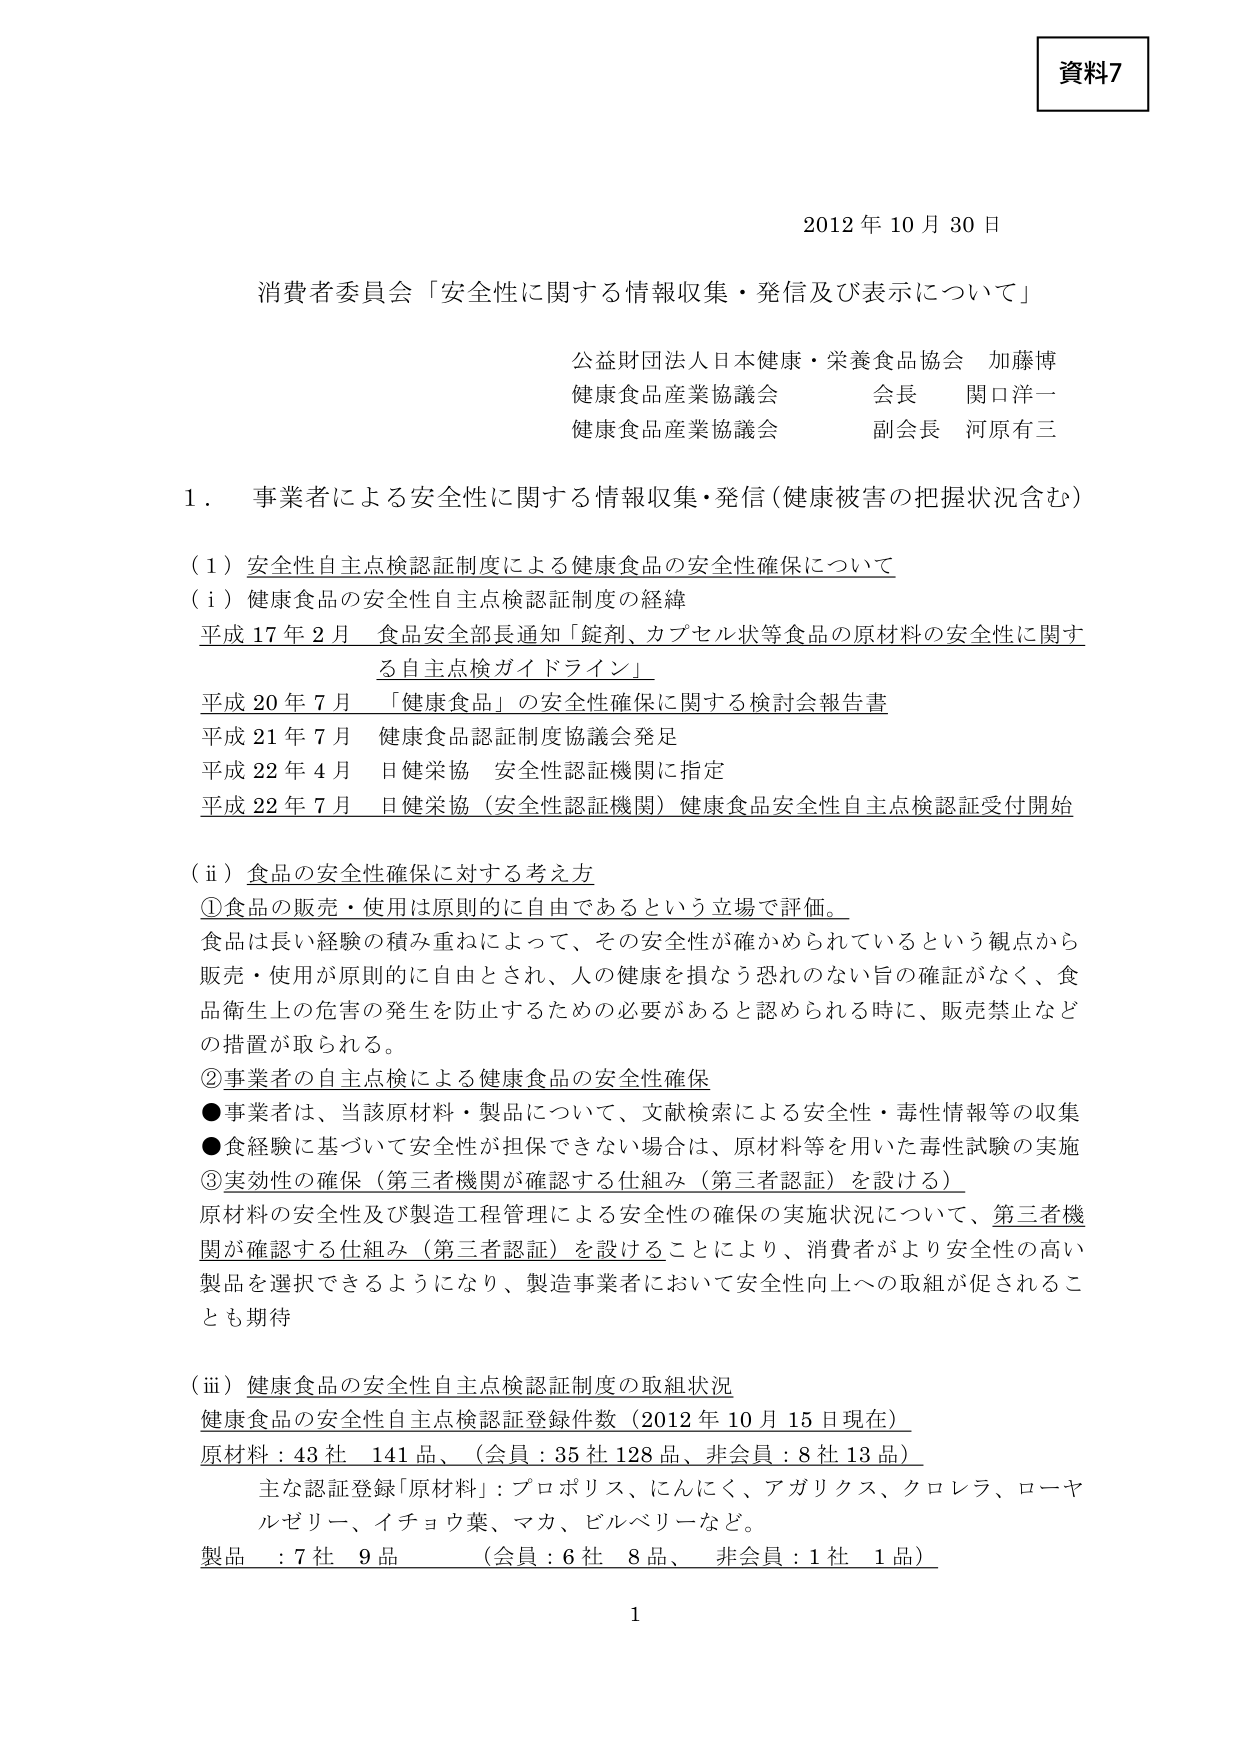
資料7

2012年10月30日

消費者委員会「安全性に関する情報収集・発信及び表示について」

公益財団法人日本健康・栄養食品協会 加藤博
健康食品産業協議会 会長 関口洋一
健康食品産業協議会 副会長 河原有三

1．事業者による安全性に関する情報収集・発信（健康被害の把握状況含む）

（1）安全性自主点検認証制度による健康食品の安全性確保について

（i）健康食品の安全性自主点検認証制度の経緯
平成17年2月 食品安全部長通知「錠剤、カプセル状等食品の原材料の安全性に関する自主点検ガイドライン」
平成20年7月 「健康食品」の安全性確保に関する検討会報告書
平成21年7月 健康食品認証制度協議会発足
平成22年4月 日健栄協 安全性認証機関に指定
平成22年7月 日健栄協（安全性認証機関）健康食品安全性自主点検認証受付開始

（ii）食品の安全性確保に対する考え方
①食品の販売・使用は原則的に自由であるという立場で評価。
食品は長い経験の積み重ねによって、その安全性が確かめられているという観点から販売・使用が原則的に自由とされ、人の健康を損なう恐れのない旨の確認がなく、食品衛生上の危害の発生を防止するための必要があると認められる時に、販売禁止などの措置が取られる。
②事業者の自主点検による健康食品の安全性確保
●事業者は、当該原材料・製品について、文献検索による安全性・毒性情報等の収集
●食経験に基づいて安全性が担保できない場合は、原材料等を用いた毒性試験の実施
③実効性の確保（第三者機関が確認する仕組み（第三者認証）を設ける）
原材料の安全性及び製造工程管理による安全性の確保の実施状況について、第三者機関が確認する仕組み（第三者認証）を設けることにより、消費者がより安全性の高い製品を選択できるようになり、製造事業者において安全性向上への取組が促されることも期待

（iii）健康食品の安全性自主点検認証制度の取組状況
健康食品の安全性自主点検認証登録件数（2012年10月15日現在）
原材料：43社 141品、（会員：35社128品、非会員：8社13品）
　主な認証登録「原材料」：プロポリス、にんにく、アガリクス、クロレラ、ローヤルゼリー、イチョウ葉、マカ、ビルベリーなど。
製品 ：7社 9品 （会員：6社 8品、 非会員：1社 1品）

1